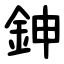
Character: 鉮